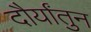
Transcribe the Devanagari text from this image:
दौर्यांतुन